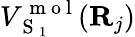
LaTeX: V_{\mathrm{~S~}_{1}}^{\mathrm{~m~o~l~}}({\mathbf{R}}_{j})